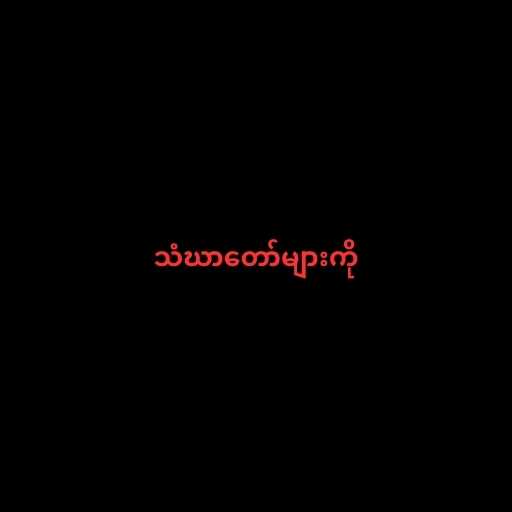
သံဃာတော်များကို